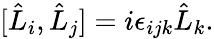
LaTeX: [\hat{L}_{i},\hat{L}_{j}]=i\epsilon_{ijk}\hat{L}_{k}.